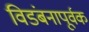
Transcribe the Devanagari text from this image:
विडंबनापूर्वक